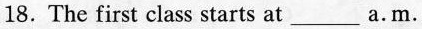
18.The first class starts at___ a.m.